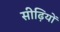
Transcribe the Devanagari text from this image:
सीढ़ियों